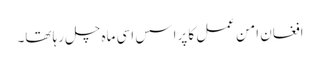
افغان امن عمل کا پراسس اسی ماہ چل رہا تھا۔